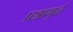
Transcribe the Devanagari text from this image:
प्रश्नामुळे